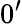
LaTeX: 0^{\prime}